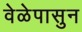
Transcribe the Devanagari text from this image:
वेळेपासुन